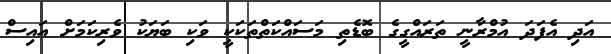
އަދި އެފަދަ އުމްރާނީ ތަރައްގީގެ ބޮޑެތި މަސައްކަތްތަކަކީ ވަކި ބަޔަކު ވެރިކަމަށް އައިސް